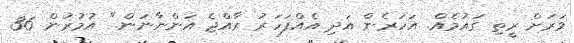
ވަރަށް ރީތި ގައުމެއް. އަހަރެން އަދި އެއްފަހަރު ރާއްޖެ އަންނާނަން." އުމުރުން 36